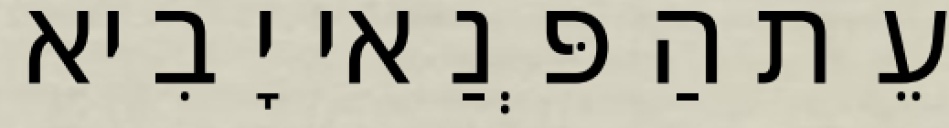
עֵת הַפְּנַאי יָבִיא